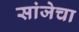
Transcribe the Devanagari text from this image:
सांजेचा